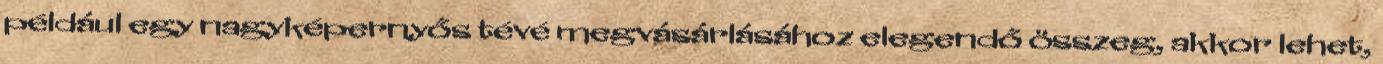
például egy nagyképernyős tévé megvásárlásához elegendő összeg, akkor lehet,